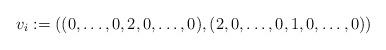
LaTeX: \begin{align*}v_i := ((0,\ldots,0,2,0,\ldots,0),(2,0,\ldots,0,1,0,\ldots,0))\end{align*}